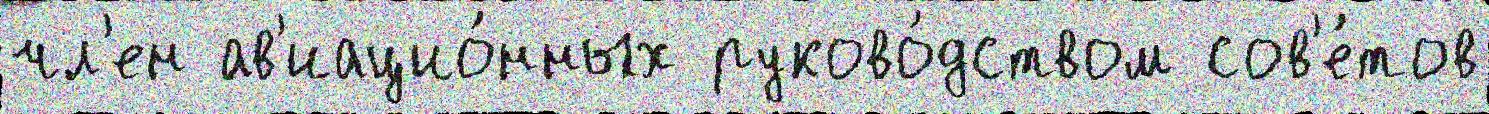
чл'ен ав'иацио́нных руково́дством сов'е́тов